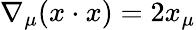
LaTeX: \nabla_{\mu}(x\cdot x)=2x_{\mu}